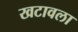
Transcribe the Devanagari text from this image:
खटावला